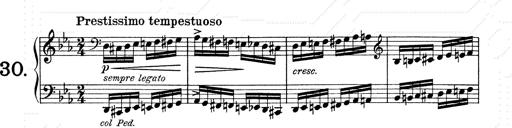
Title: 6 Polish Songs
Composer: Franz Liszt